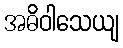
အဓိဝါသေယျ